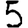
Digit: 5